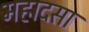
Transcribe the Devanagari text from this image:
महादसा